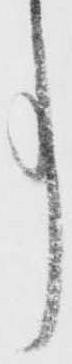
事